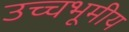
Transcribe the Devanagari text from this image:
उच्चभूमीय